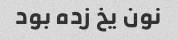
نون یخ زده بود